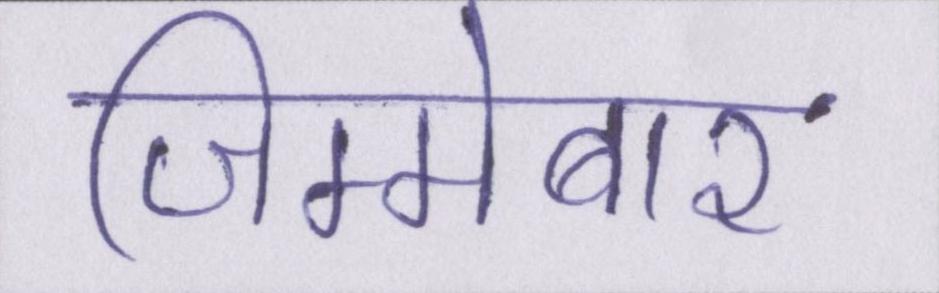
जिम्मेबार